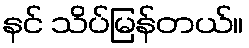
နင် သိပ်မြန်တယ်။